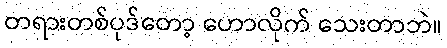
တရားတစ်ပုဒ်တော့ ဟောလိုက် သေးတာဘဲ။